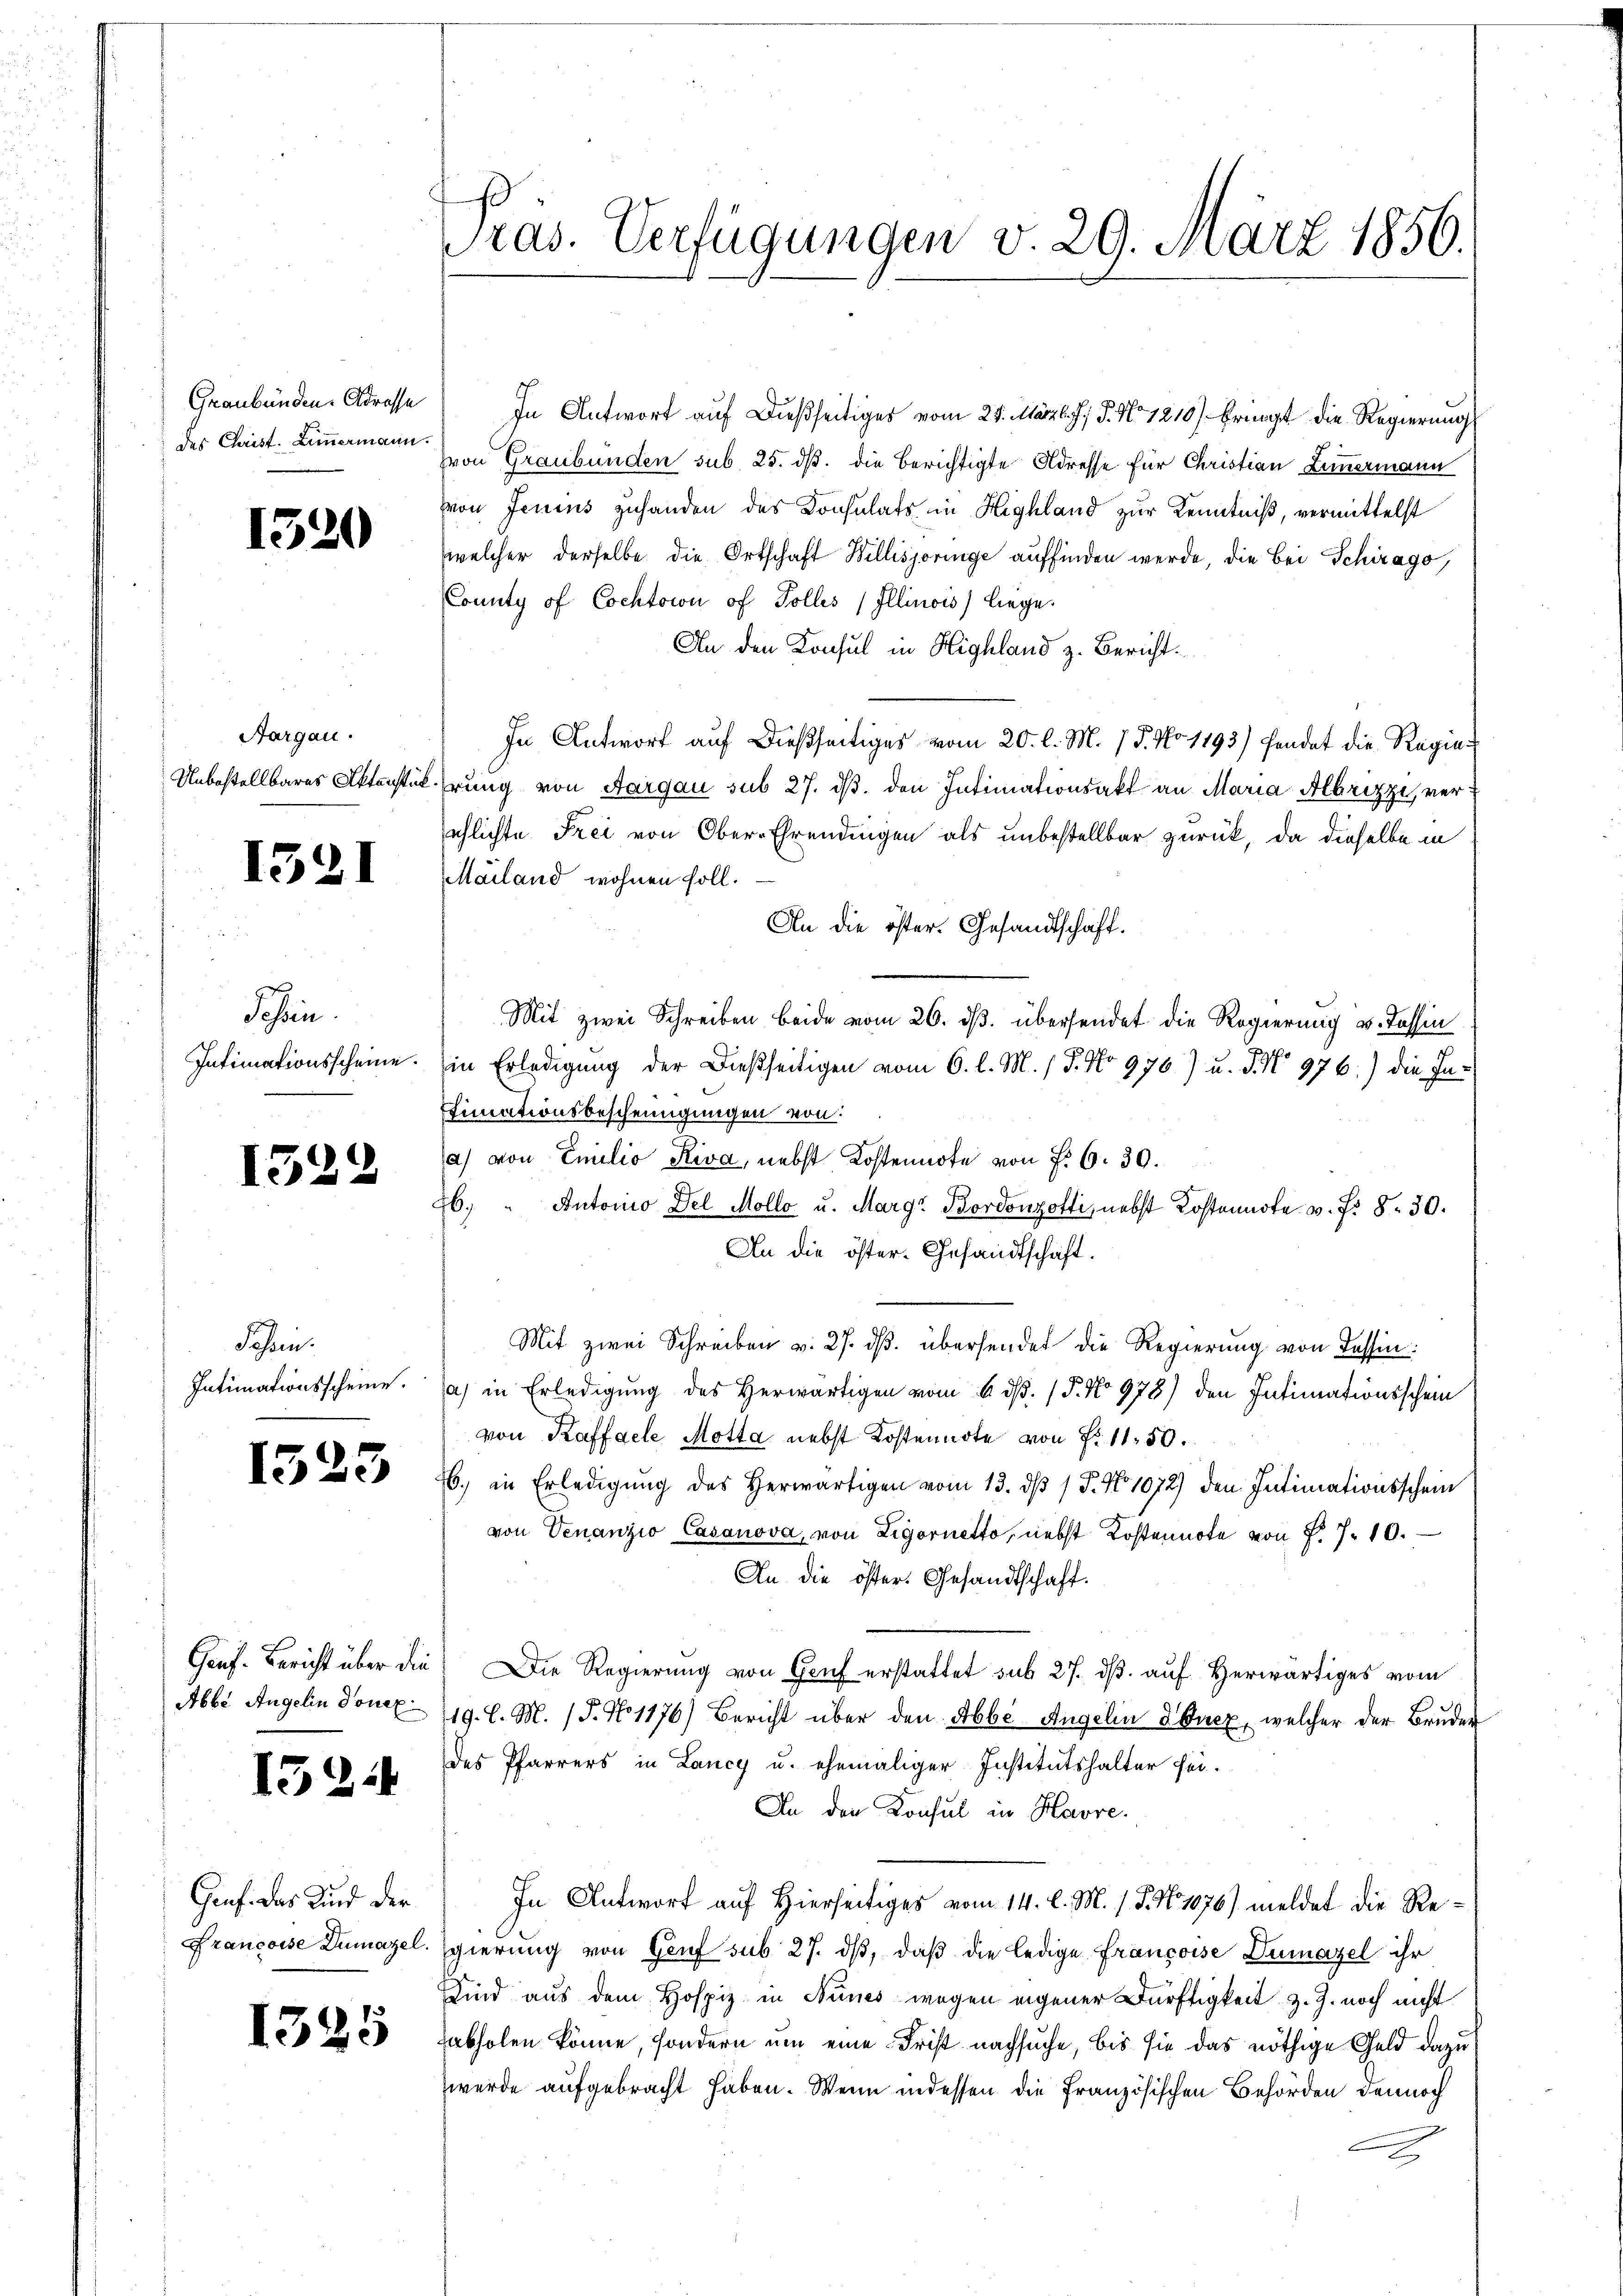
Graubünden. Adresse
des Christ. Zimmermann.

1520

Aargau.
Unbestellbares Aktenstück

1321

Schein
Intimationsscheine.

1522

Schein.
Intimationsscheine.

1323

Gauf. Bericht über die
Abbe Angelin Donex

1524

Genf. Das Kind der
Francoise Dumazel.

125

Pras. Verfügungen v. 29. März 1856.

In Antwort auf dießseitiges vom 24. März l. J. J. No 1210) bringt die Regierung
von Graubünden sub. 25. ds. die berichtigte Adresse für Christian Limermann
von Jenens zuhanden des Konsulats im Highland zur Kenntniß, vermittelst
welcher derselbe die Ortschaft Willisjoringe auffinden werde, die bei Schirago,
County of Cochtown of Polles (Illinois) liege.
An den Konsul in Highland z. Bericht
In Antwort auf dießseitiges vom 20. l. M. J. J. No 1193) findet die Regiehrung von Aargau sub 27. d. den Intimationsakt an Maria Albrizzi, verschlichte Frei von Ober-Ehrendingen als unbestellbar zurück, da dieselbe in
Mailand wohnen soll.
An die öster. Gesandtschaft.
Mit zwei Schreiben beide vom 26. ds. übersendet die Regierung v. Tessin
in Erledigung der dießseitigen vom 6. l. M. / 5. No 976) u. P. N° 976.) die Inffinationsbescheinigungen von
a) von Emilio Riva, nebst Kostennote von §. 6. 30.
6. " Antonio del Mollo u. Marga Bordonzotti, nebst Kostennote v. P. 8. 30.
An die öster- Gesandtschaft.
Mit zwei Schreiben v. 27. ds. übersendet die Regierung von Tessin:
a) in Erledigung des Herwärtigen vom 6. ds. 15. No 978) den Intimationsschein
von Kaffeele Motta nebst Kostennote von Fr. 1150.
6. in Erledigung des Herwärtigen vom 13. dβ / P. No 1072) den Intimationsschein
von Venanzio Casanova, von Ligornetto, nebst Kostennote von P. 7. 10.
An die öster. Gesandtschaft.
Die Regierung von Gruf erstattet sub 27. dβ auf Herwärtiges vom
19. l. M. (T. No. 1176) Bericht über den Abbe Angelin 2 Ducz, welcher der Bruder
des Pfarrers in Lancy u. ehemaliger Institutshalter sei¬
An den Konsul in Havre.
In Antwort auf Hierseitiges vom 14. l. M. 1. 3. No 1076) meldet die Re¬
Egierung von Genf sub 27. dß, daß die ledige Françoise Dumazel ihr
Kind aus dem Hospiz in Funes wegen eigener Dürftigkeit z. Z. noch nicht
abholen könne, sondern um eine Frist nachsuche, bis sie das nöthige Geld dazu
werde aufgebracht haben. Wenn indessen die Französischen Behörden dennoch
2